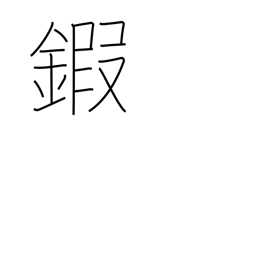
Meaning: armour neck plates